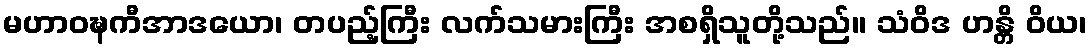
မဟာဝဍ္ဎကီအာဒယော၊ တပည့်ကြီး လက်သမားကြီး အစရှိသူတို့သည်။ သံဝိဒ ဟန္တိ ဝိယ၊